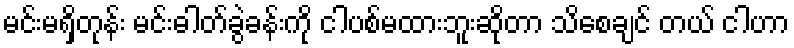
မင်းမရှိတုန်း မင်းဓါတ်ခွဲခန်းကို ငါပစ်မထားဘူးဆိုတာ သိစေချင် တယ် ငါဟာ